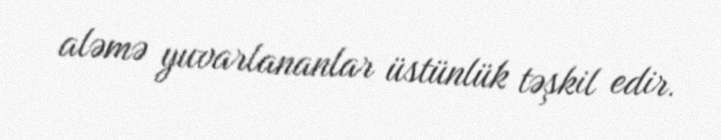
aləmə yuvarlananlar üstünlük təşkil edir.